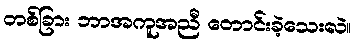
တစ်ခြား ဘာအကူအညီ တောင်းခဲ့သေးလဲ။